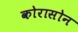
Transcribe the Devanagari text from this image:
कोरासोन